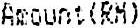
AMOUNT(RM)